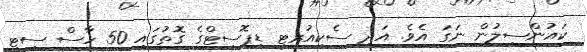
ކައުންސިލުން ނަގަ އެވެ. އަދި ސެކިއުރިޓީ ޑިޕޮސިޓްގެ ގޮތުގައި 50 ހާސް ސިޓީ